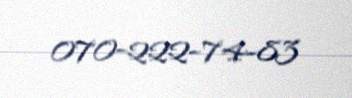
070-222-74-83